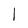
Character: 1